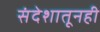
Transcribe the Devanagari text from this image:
संदेशातूनही